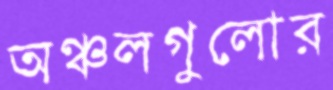
অঞ্চলগুলোর